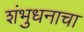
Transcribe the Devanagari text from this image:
शंभुधनाचा